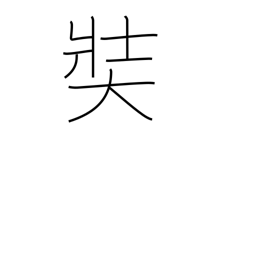
Meaning: large